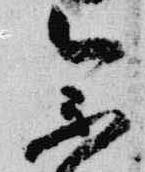
参